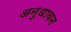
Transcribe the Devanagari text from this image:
अनुधावन